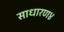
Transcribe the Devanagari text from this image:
साधारण४